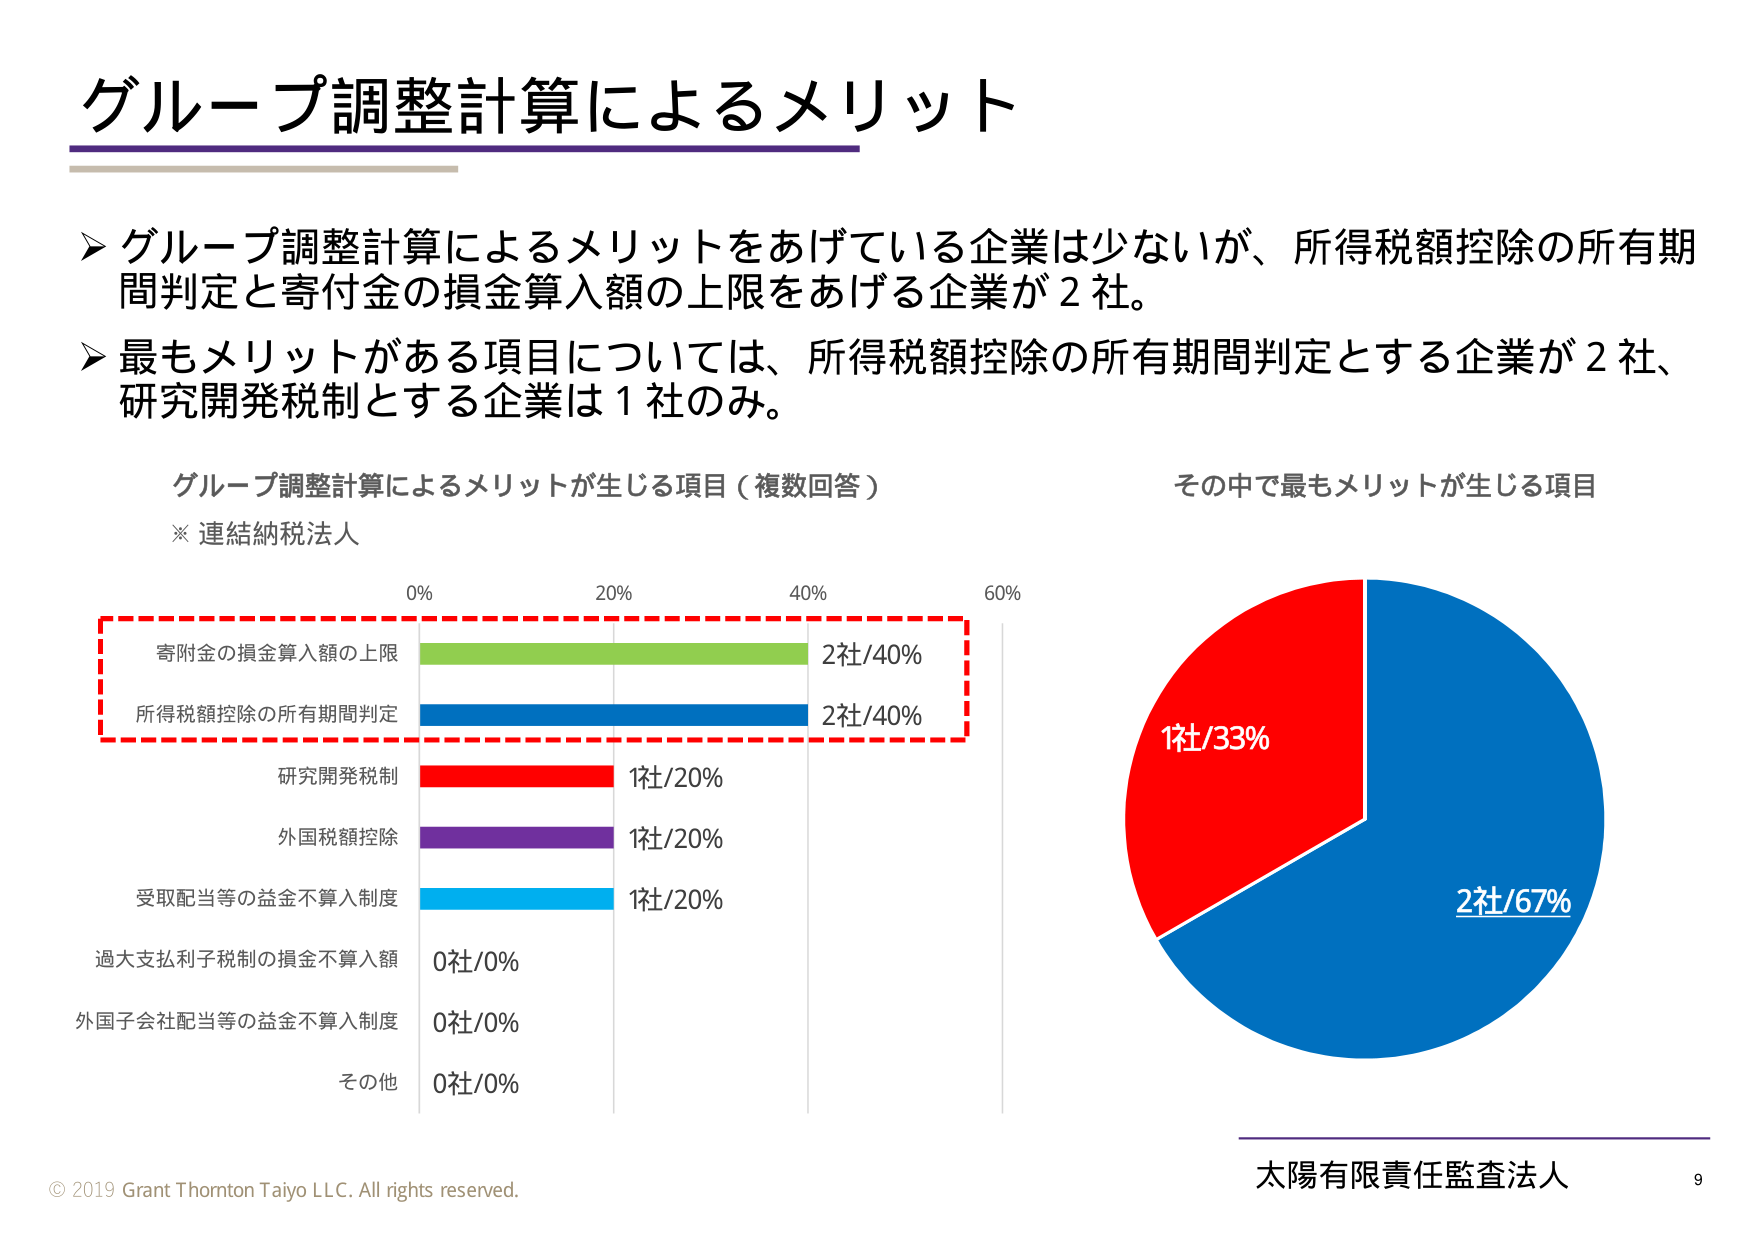
グループ調整計算によるメリット

➤ グループ調整計算によるメリットをあげている企業は少ないが、所得税額控除の所有期間判定と寄付金の損金算入額の上限をあげる企業が2社。

➤ 最もメリットがある項目については、所得税額控除の所有期間判定とする企業が2社、研究開発税制とする企業は1社のみ。

グループ調整計算によるメリットが生じる項目（複数回答）
※ 連結納税法人

0% 20% 40% 60%

寄附金の損金算入額の上限 2社/40%
所得税額控除の所有期間判定 2社/40%
研究開発税制 1社/20%
外国税額控除 1社/20%
受取配当等の益金不算入制度 1社/20%
過大支払利子税制の損金不算入額 0社/0%
外国子会社配当等の益金不算入制度 0社/0%
その他 0社/0%

その中で最もメリットが生じる項目

1社/33%
2社/67%

© 2019 Grant Thornton Taiyo LLC. All rights reserved.
太陽有限責任監査法人 9